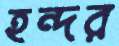
হন্দর